Indian journal of veterinary science and animal husbandry - Volume 3,
Year: 1933
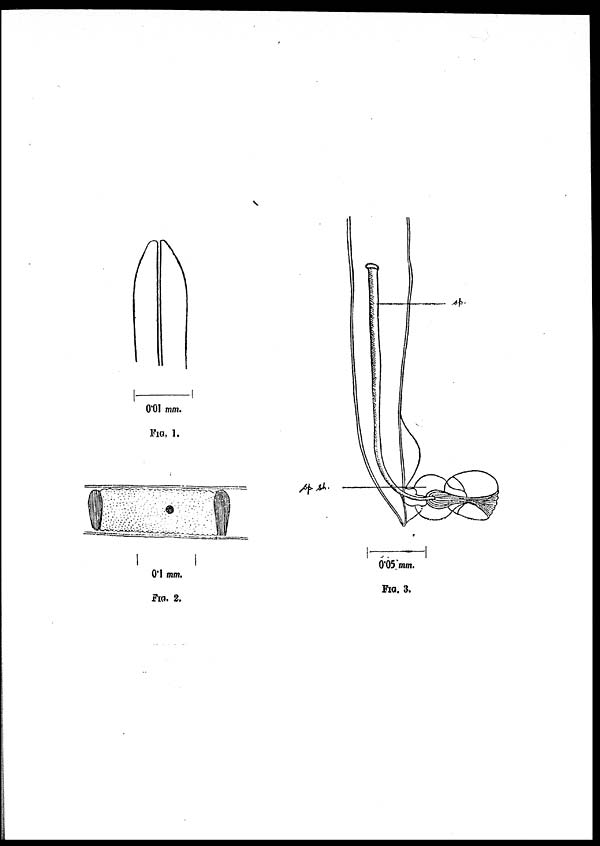
FIG. 1.
FIG. 2.
FIG. 3.